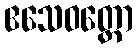
ဧသေဝတ္ထော